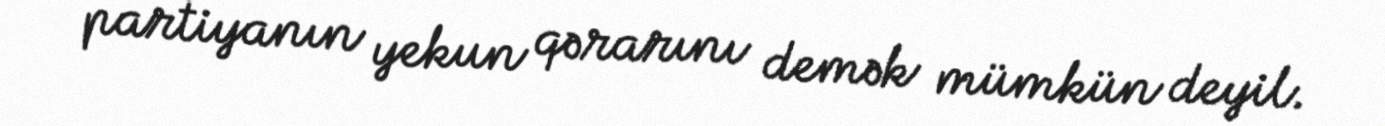
partiyanın yekun qərarını demək mümkün deyil.